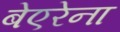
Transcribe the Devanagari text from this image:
बेएरेना